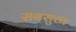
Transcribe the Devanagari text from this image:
सबसुख